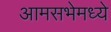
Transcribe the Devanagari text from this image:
आमसभेमध्ये